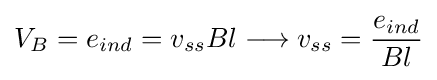
V_{B}={e}_{ind}={v}_{ss}Bl\longrightarrow {v}_{ss}={{e}_{ind} \over Bl}